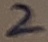
Text: 2